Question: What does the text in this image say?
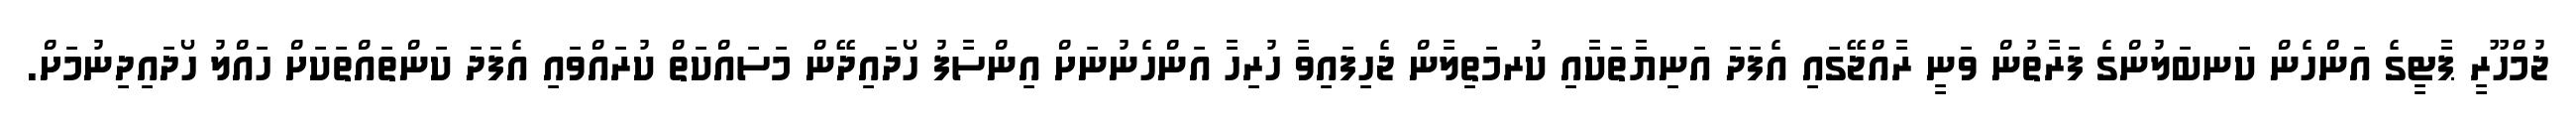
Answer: ޖުމްހޫރީ ޕާޓީގެ އަންހެން ކަނބަލުންގެ ފަރާތުން ވަނީ ރާއްޖޭގައި އެފަދަ އަނިޔާތަކާއި ކުރމަތިލާން ޖެހިފައިވާ ހުރިހާ އަންހެނުނަށް އިންސާފު ހޯދައިދޭން މަސައްކަތް ކުރައްވައި އެފަދަ ކަންތައްތަކަށް ހައްލު ހޯދައިދިނުމަށް.